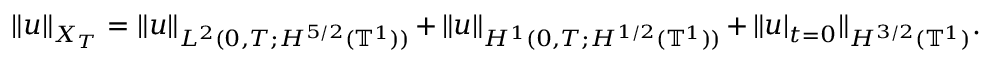
\| u \| _ { X _ { T } } = \| u \| _ { L ^ { 2 } ( 0 , T ; H ^ { 5 / 2 } ( \ensuremath { \mathbb { T } } ^ { 1 } ) ) } + \| u \| _ { H ^ { 1 } ( 0 , T ; H ^ { 1 / 2 } ( \ensuremath { \mathbb { T } } ^ { 1 } ) ) } + \| u | _ { t = 0 } \| _ { H ^ { 3 / 2 } ( \ensuremath { \mathbb { T } } ^ { 1 } ) } .